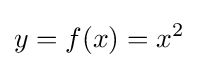
y=f(x)=x^{2}